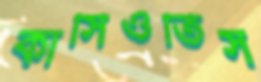
কাসিওতিস